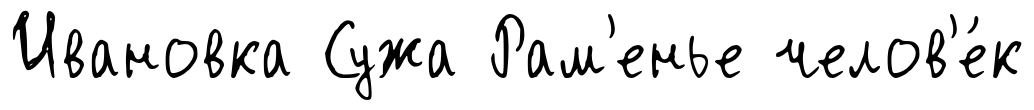
Ивановка Сужа Рам'енье челов'е́к